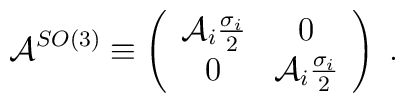
\mathcal{A}^{SO(3)}\equiv \left( \begin{array}{cc}\mathcal{A}_{i}\frac{\sigma _{i}}{2} & 0 \\ 0 & \mathcal{A}_{i}\frac{\sigma _{i}}{2}\end{array}\right) \;.